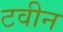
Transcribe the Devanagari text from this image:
टवीन